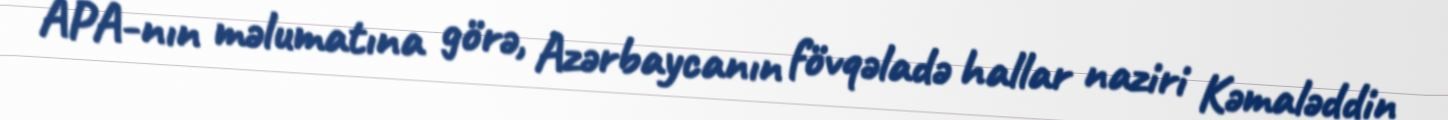
APA-nın məlumatına görə, Azərbaycanın fövqəladə hallar naziri Kəmaləddin